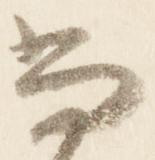
当